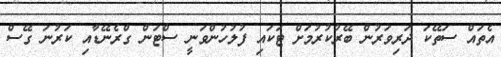
އެތައް ސަތޭކަ ދަރިވަރުން ބޭރުކުރުމަށް ޓަކައި ފުލުހުންވަނީ ސްޓަން ގްރެނޭޑާއި ކަރުނަ ގޭސް